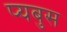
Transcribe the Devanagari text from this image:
प्यबुस